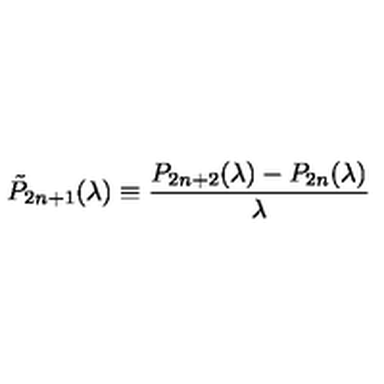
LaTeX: \tilde { P } _ { 2 n + 1 } ( \lambda ) \equiv \frac { P _ { 2 n + 2 } ( \lambda ) - P _ { 2 n } ( \lambda ) } { \lambda }